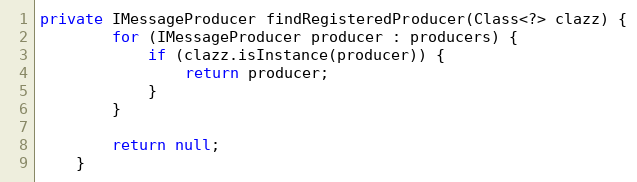
Language: Java
private IMessageProducer findRegisteredProducer(Class<?> clazz) {
        for (IMessageProducer producer : producers) {
            if (clazz.isInstance(producer)) {
                return producer;
            }
        }

        return null;
    }